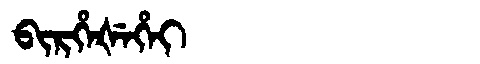
Manchu: ᠪᡳᡵᡥᡝᡧᡝᡥᡝᡳ
Romanization: BIRHEŠEHEI